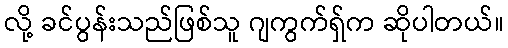
လို့ ခင်ပွန်းသည်ဖြစ်သူ ဂျကွက်ရှ်က ဆိုပါတယ်။